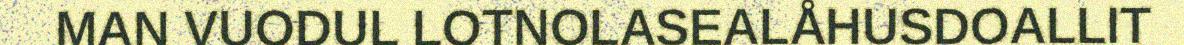
MAN VUODUL LOTNOLASEALÅHUSDOALLIT